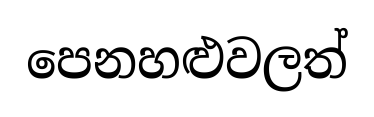
පෙනහළුවලත්